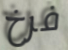
فرخ